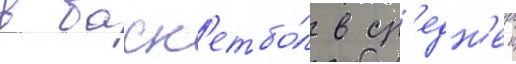
в баск'етбо́л в ср'едн'еи